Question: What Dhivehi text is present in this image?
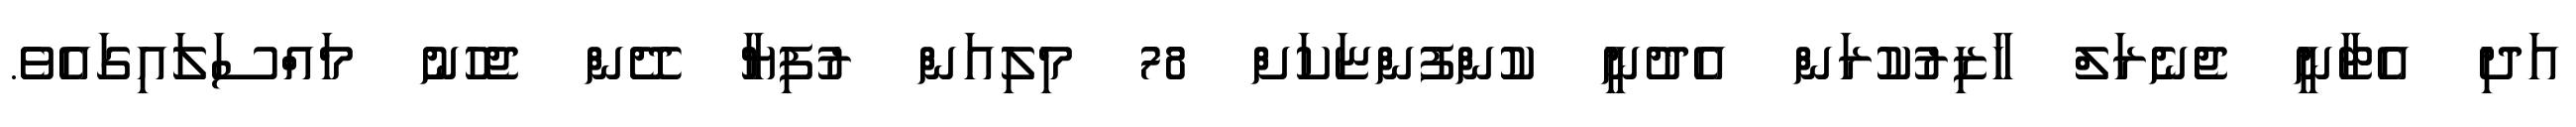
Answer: އަދި އެޓާނީ ޖެނެރަލް ހާޒިރުކުރަން އެދުނީ ކުންފުންޏަކަށް 78 މިލިއަން ރުފިޔާ ދޭން ޖެހުނު މައްސަލައިގައެވެ.